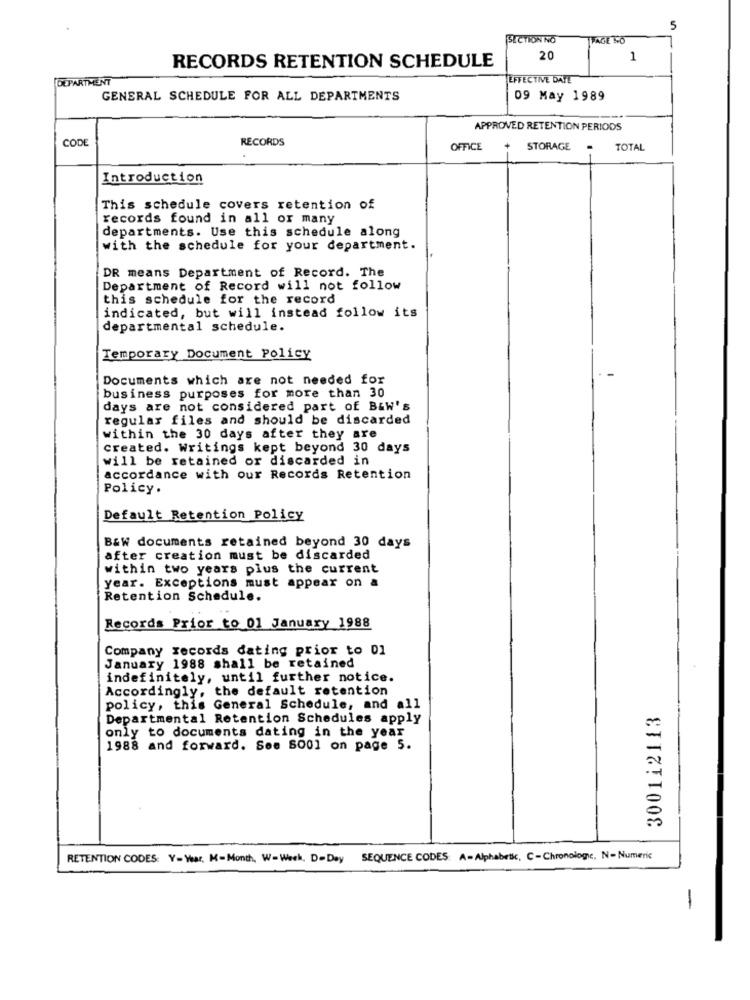
5
SECTION NO
PAGE NO
20
1
RECORDS RETENTION SCHEDULE
DEPARTMENT
EFFECTIVE DATE
GENERAL SCHEDULE FOR ALL DEPARTMENTS
09 May 1989
APPROVED RETENTION PERIODS
CODE
RECORDS
OFFICE
STORAGE
.
TOTAL
Introduction
This schedule covers retention of
records found in all or many
departments. Use this schedule along
with the schedule for your department.
DR means Department of Record. The
Department of Record will not follow
this schedule for the record
indicated, but will instead follow its
departmental schedule.
Temporary Document Policy
Documents which are not needed for
business purposes for more than 30
days are not considered part of B&w's
regular files and should be discarded
within the 30 days after they are
created. Writings kept beyond 30 days
will be retained or discarded in
accordance with our Records Retention
Policy.
Default Retention Policy
B&W documents retained beyond 30 days
after creation must be discarded
within two years plus the current
year. Exceptions must appear on a
Retention Schedule.
Records Prior to 01 January 1988
Company records dating prior to 01
January 1988 shall be retained
indefinitely, until further notice.
Accordingly, the default retention
policy, this General Schedule, and all
300112113
Departmental Retention Schedules apply
only to documents dating in the year
1988 and forward. See 6001 on page 5.
RETENTION CODES: Y- War, M-Month, W-Week, D-Day SEQUENCE CODES: A-Alphabetic, C-Chronologyc, N- Numeric
-